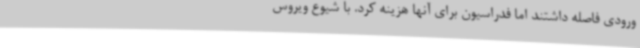
ورودی فاصله داشتند اما فدراسیون برای آنها هزینه کرد. با شیوع ویروس